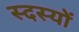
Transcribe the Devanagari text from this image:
स्दस्यों